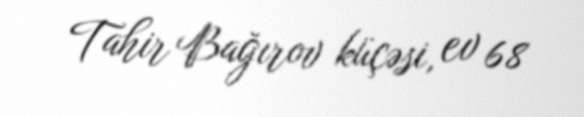
Tahir Bağırov küçəsi, ev 68